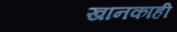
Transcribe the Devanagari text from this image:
खानकाही